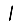
Digit: 1